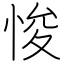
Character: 悛